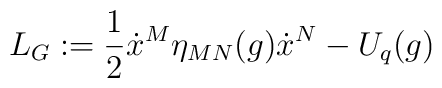
L_{G}:=\frac{1}{2} \dot{x}^{M} \eta_{MN}(g) \dot{x}^{N}-U_{q}(g)